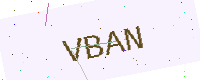
Text: VBAN